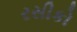
રસીકો